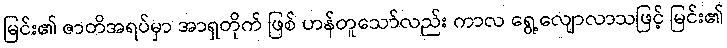
မြင်း၏ ဇာတိအရပ်မှာ အာရှတိုက် ဖြစ် ဟန်တူသော်လည်း ကာလ ရွေ့လျောလာသဖြင့် မြင်း၏